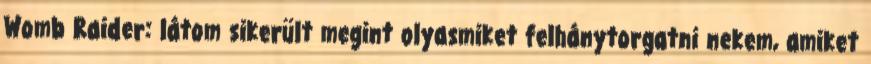
Womb Raider: látom sikerült megint olyasmiket felhánytorgatni nekem, amiket